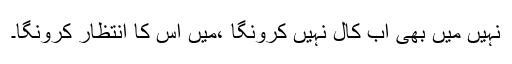
نہیں میں بھی اب کال نہیں کرونگا ،میں اس کا انتظار کرونگا۔